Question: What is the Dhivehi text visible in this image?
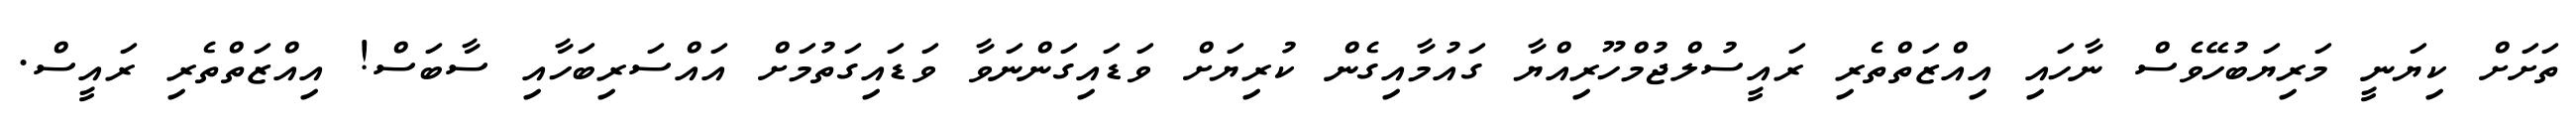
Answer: ތަށަށް ކިޔަނީ މަރިޔަބުހޭވެސް ނާހައި އިއްޒަތްތެރި ރައީސުލްޖުމްހޫރިއްޔާ ގައުމާއިގެން ކުރިޔަށް ވަޑައިގަންނަވާ ވަޑައިގަތުމަށް އައްސަރިބަހާއި ސާބަސް! އިއްޒަތްތެރި ރައީސް.